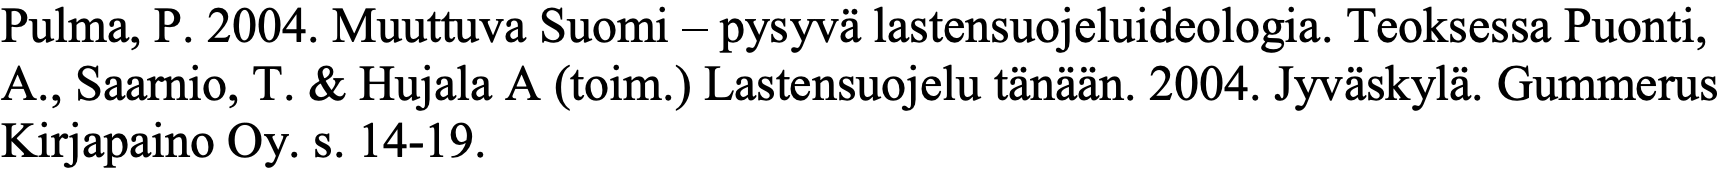
Pulma, P. 2004. Muuttuva Suomi – pysyvä lastensuojeluideologia. Teoksessa Puonti, A., Saarnio, T. & Hujala A (toim.) Lastensuojelu tänään. 2004. Jyväskylä. Gummerus Kirjapaino Oy. s. 14-19.